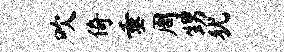
吹倚垂周甥犹